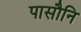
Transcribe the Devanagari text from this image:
पासौनि